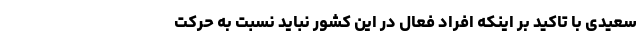
سعیدی با تاکید بر اینکه افراد فعال در این کشور نباید نسبت به حرکت